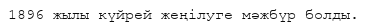
1896 жылы күйрей жеңілуге мәжбүр болды.